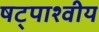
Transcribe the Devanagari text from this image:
षट्पाश्वीय